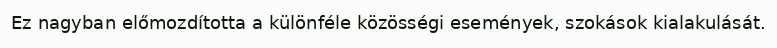
Ez nagyban előmozdította a különféle közösségi események, szokások kialakulását.